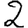
Digit: 2